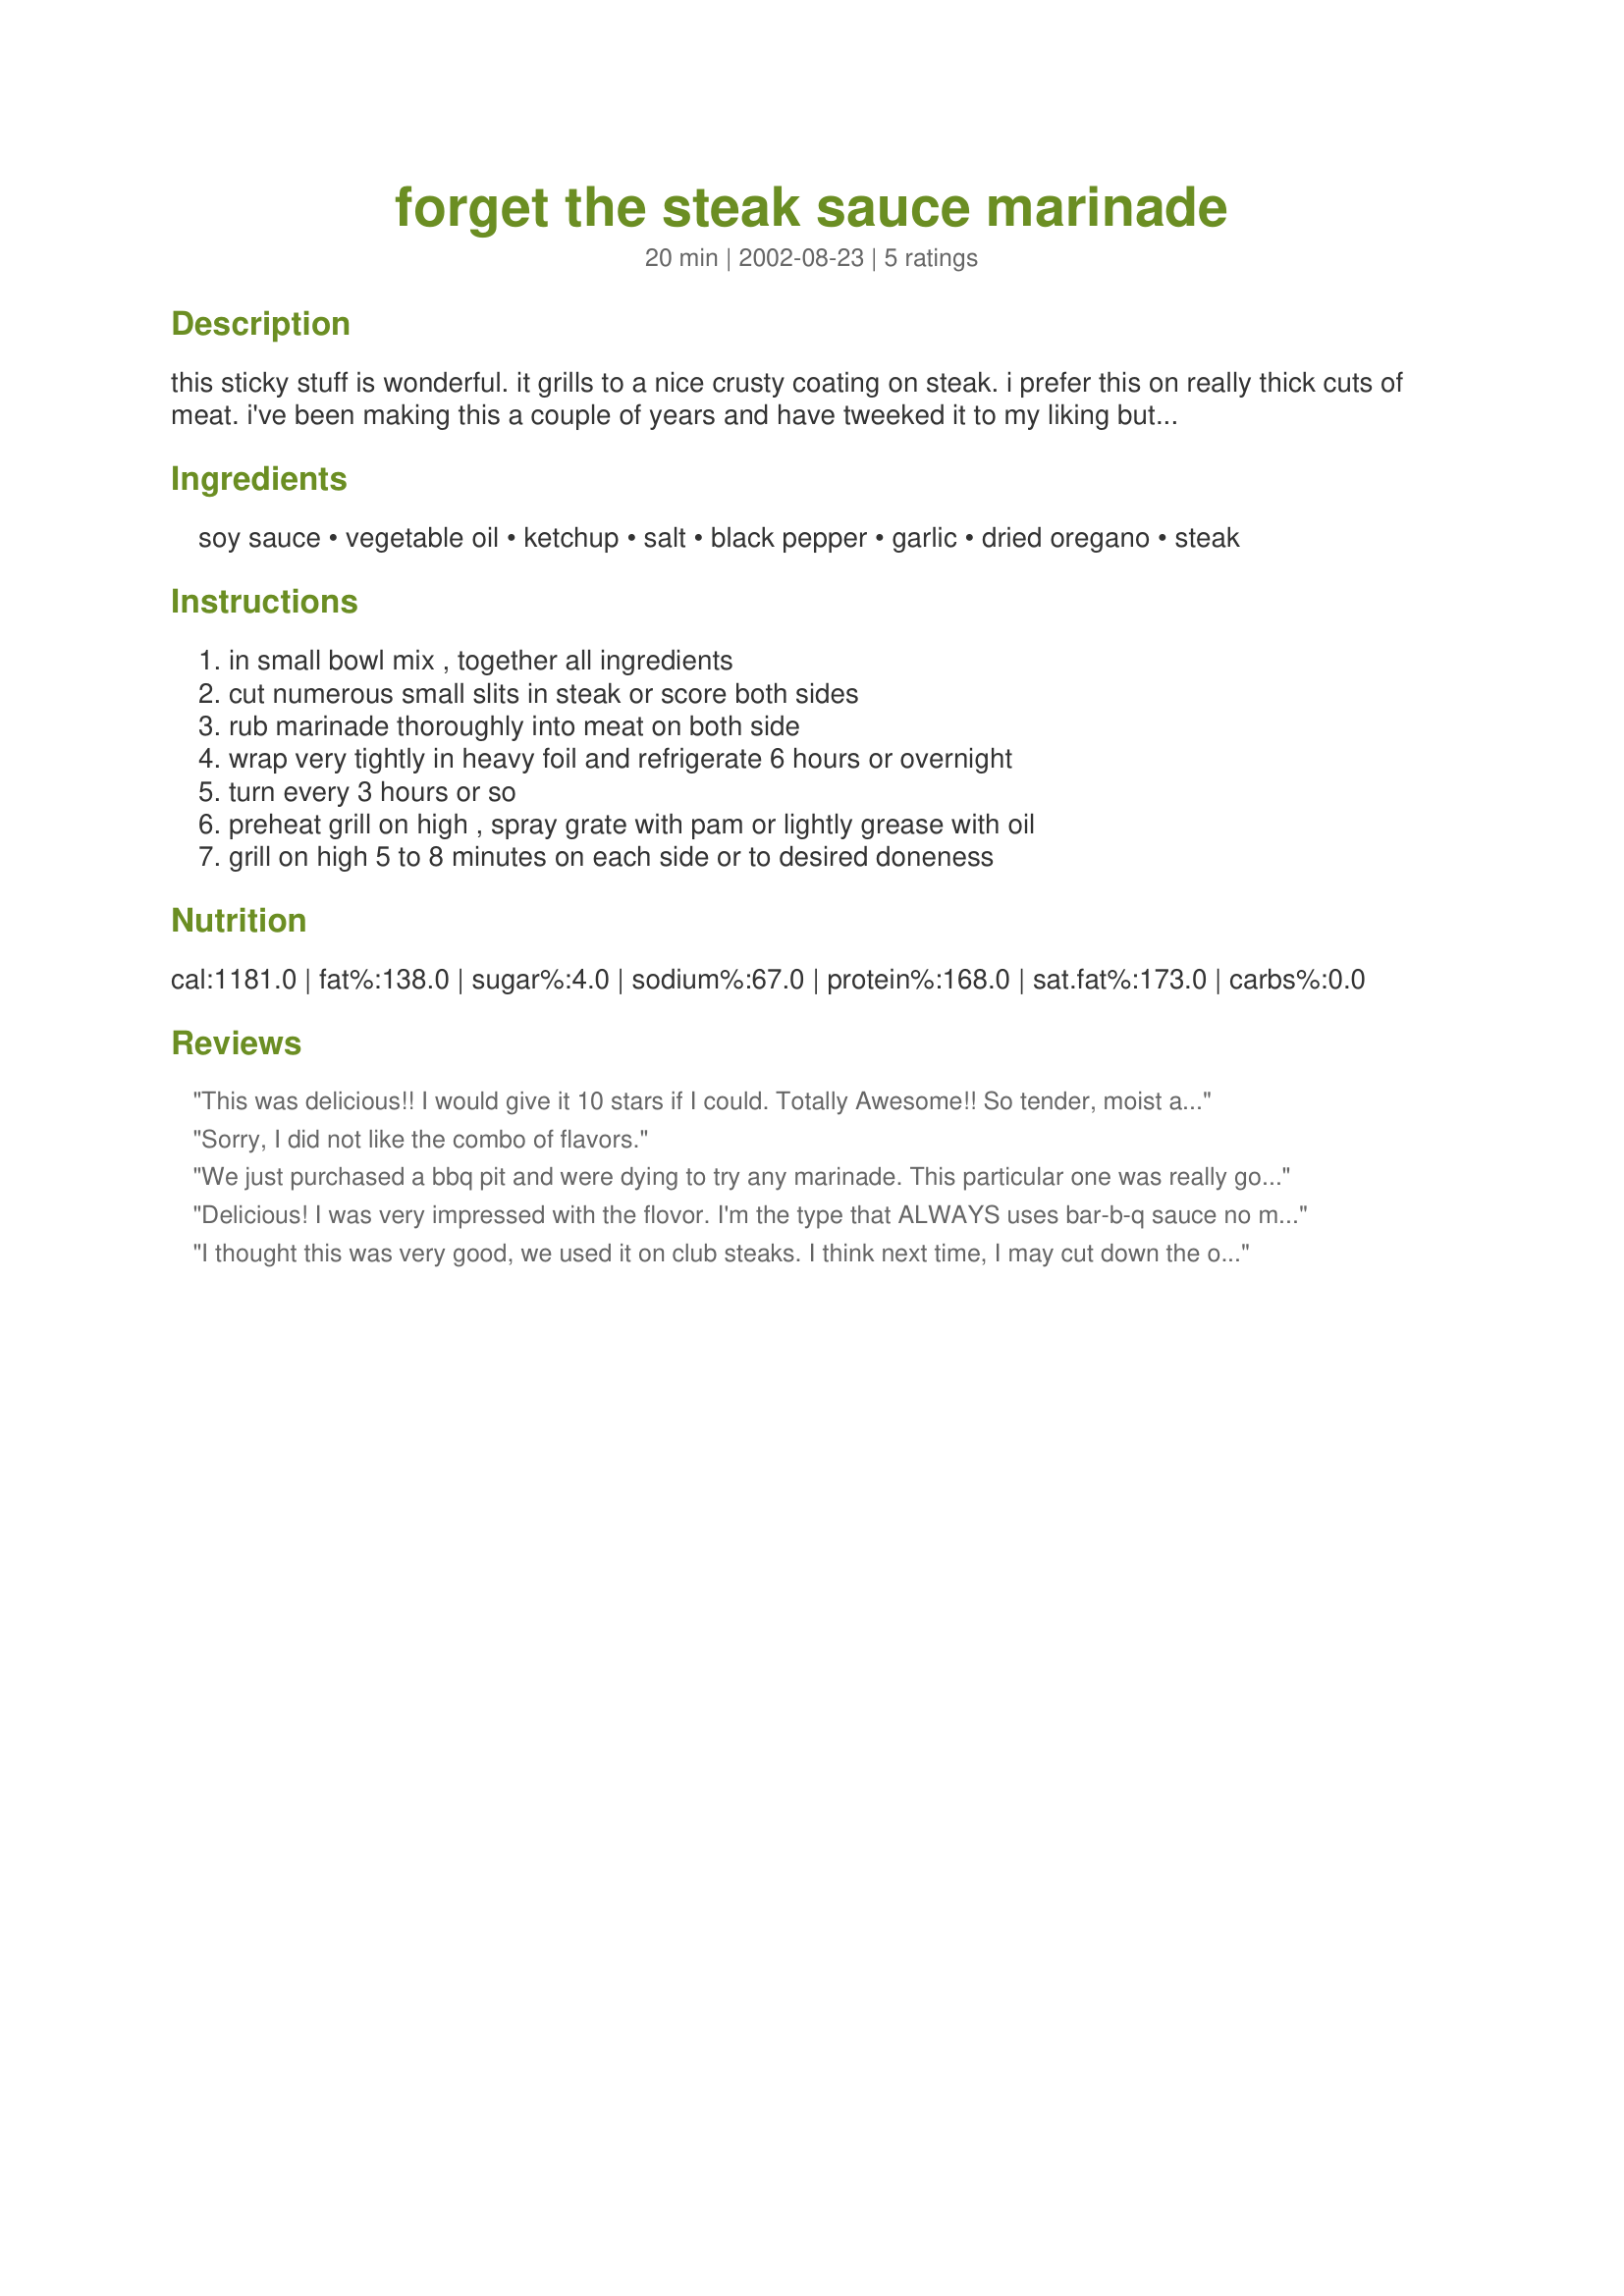
forget the steak sauce marinade
Preparation time: 20 minutes

this sticky stuff is wonderful. it grills to a nice crusty coating on steak. i prefer this on really thick cuts of meat. i've been making this a couple of years and have tweeked it to my liking but i think i got the recipes from allrecipes.com

Ingredients:
soy sauce, vegetable oil, ketchup, salt, black pepper, garlic, dried oregano, steak

Steps:
in small bowl mix , together all ingredients, cut numerous small slits in steak or score both sides, rub marinade thoroughly into meat on both side, wrap very tightly in heavy foil and refrigerate 6 hours or overnight, turn every 3 hours or so, preheat grill on high , spray grate with pam or lightly grease with oil, grill on high 5 to 8 minutes on each side or to desired doneness

Reviews:
This was delicious!! I would give it 10 stars if I could. Totally Awesome!! So tender, moist and flavorful. This is definitely in my special, exceptional, cookbooks. Thanks so much Lynn13
Sorry, I did not like the combo of flavors.
We just purchased a bbq pit and were dying to try any marinade. This particular one was really good and flavorful! Maybe a bit strong but I did add a tad more garlic. :) Thanks for the recipe!!
Delicious! I was very impressed with the flovor. I'm the type that ALWAYS uses bar-b-q sauce no matter what. But this steak definately did not need it. I froze the steaks in the marinade and defrosted them in the fridge overnight. I will definately use this recipe again.
I thought this was very good, we used it on club steaks. I think next time, I may cut down the oregano, for some reason it was a little much for me, but my husband said that it was perfect.
